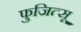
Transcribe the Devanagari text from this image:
फुजित्सू